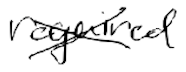
Text: required
Cross-out: cross
Writing tool: digital_black